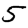
Digit: 5